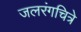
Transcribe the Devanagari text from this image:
जलरंगचित्रे